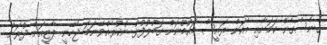
ގެނެސްގެން ކަމަށާއި އެކަން ރައީސް މައުމޫނަށް ގަބޫލުފުޅު ނުކުރެއްވޭނަމަ ޖެހޭނީ ޕާޓީއަށް ދުރަށް